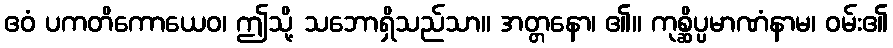
ဧဝံ ပကတိကောယေဝ၊ ဤသို့ သဘောရှိသည်သာ။ အတ္တနော၊ ၏။ ကုစ္ဆိပ္ပမာဏံနာမ၊ ဝမ်း၏